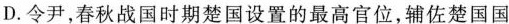
D．令尹，春秋战国时期楚国设置的最高官位，辅佐楚国国